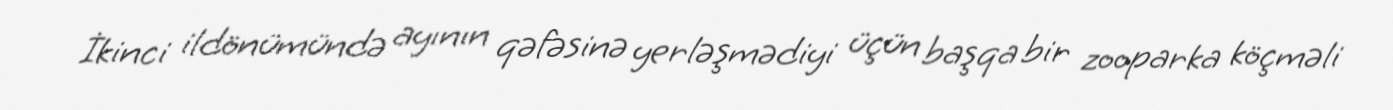
İkinci ildönümündə ayının qəfəsinə yerləşmədiyi üçün başqa bir zooparka köçməli